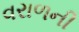
વરાળની